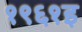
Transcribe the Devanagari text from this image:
१९६१इ